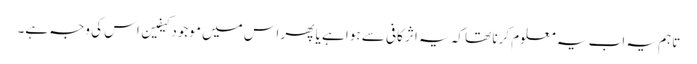
تاہم یہ اب یہ معلوم کرنا تھا کہ یہ اثر کافی سے ہوا ہے یا پھر اس میں موجود کیفین اس کی وجہ ہے۔